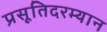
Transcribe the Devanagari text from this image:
प्रसूतिदरम्यान